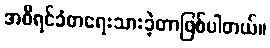
အစီရင်ခံစာရေးသားခဲ့တာဖြစ်ပါတယ်။